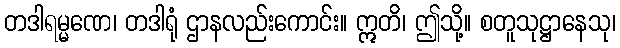
တဒါရမ္မဏေ၊ တဒါရုံ ဌာနလည်းကောင်း။ ဣတိ၊ ဤသို့။ စတူသုဋ္ဌာနေသု၊